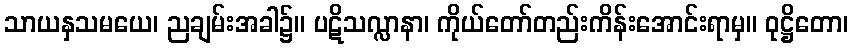
သာယနှသမယေ၊ ညချမ်းအခါ၌။ ပဋိသလ္လာနာ၊ ကိုယ်တော်တည်းကိန်းအောင်းရာမှ။ ဝုဋ္ဌိတော၊